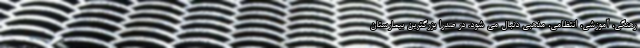
رهنگی، آموزشی، انتظامی، مذهبی دنبال می شود. در صدرا بزرگترین بیمارستان